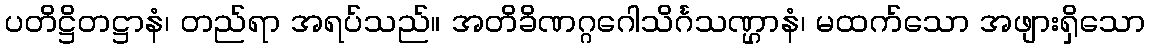
ပတိဋ္ဌိတဋ္ဌာနံ၊ တည်ရာ အရပ်သည်။ အတိခိဏဂ္ဂဂေါသိင်္ဂသဏ္ဌာနံ၊ မထက်သော အဖျားရှိသော